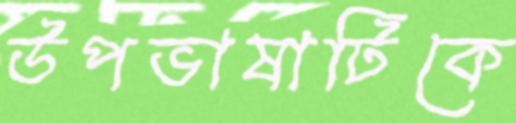
উপভাষাটিকে